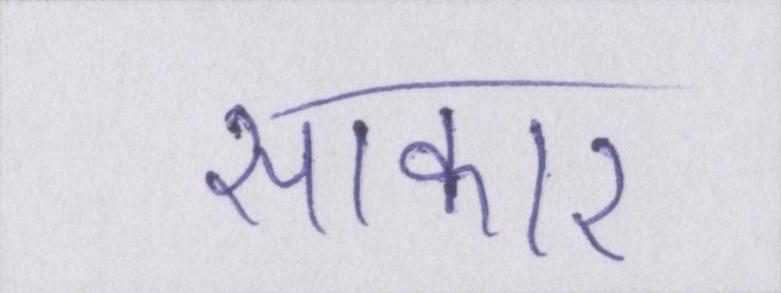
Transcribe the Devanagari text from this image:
साकार